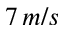
7 \, m / s